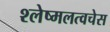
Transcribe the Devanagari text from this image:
श्लेष्मलत्वचेस